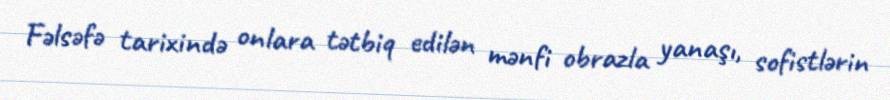
Fəlsəfə tarixində onlara tətbiq edilən mənfi obrazla yanaşı, sofistlərin